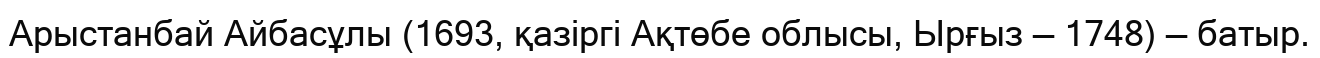
Арыстанбай Айбасұлы (1693, қазіргі Ақтөбе облысы, Ырғыз — 1748) — батыр.